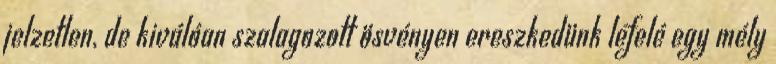
jelzetlen, de kiválóan szalagozott ösvényen ereszkedünk lefelé egy mély